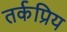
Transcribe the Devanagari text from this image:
तर्कप्रिय